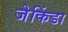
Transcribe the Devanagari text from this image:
जेकिंडा